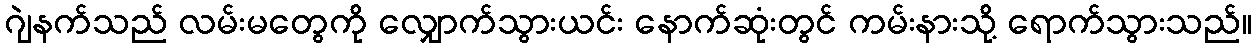
ဂျဲနက်သည် လမ်းမတွေကို လျှောက်သွားယင်း နောက်ဆုံးတွင် ကမ်းနားသို့ ရောက်သွားသည်။